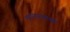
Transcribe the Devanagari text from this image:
महाराजांकरवी